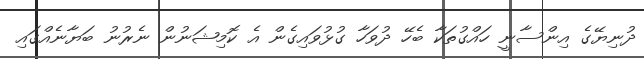
ދުނިޔޭގެ އިންސާނީ ހައްގުތަކާ ބެހޭ ދުވަހާ ގުޅުވައިގެން އެ ކޮމިޝަނުން ނެރުނު ބަޔާނެއްގައި